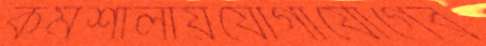
কর্মশালায়যোগাযোগের